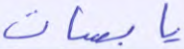
يابسات